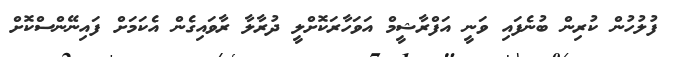
ފުލުހުން ކުރިން ބުނެފައި ވަނީ އަފްރާޝީމް އަވަހާރަކޮށްލީ ދުރާލާ ރާވައިގެން އެކަމަށް ފައިނޭންސްކޮށް